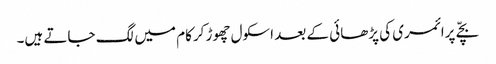
بچّے پرائمری کی پڑھائی کے بعد اسکول چھوڑ کرکام میں لگ جاتے ہیں۔